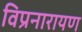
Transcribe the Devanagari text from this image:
विप्रनारायण